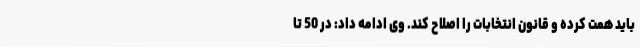
باید همت کرده و قانون انتخابات را اصلاح کند. وی ادامه داد: در 50 تا